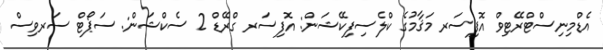
އެޑްމިނިސްޓްރޭޓިވް އޮފިސަރ މަޤާމުގެ ކްލެސިފިކޭޝަން: އޮފިސަރ ގްރޭޑް 2 ސެކްޝަން: ސަޕޯޓް ސަރވިސް